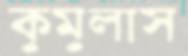
কুমুলাস